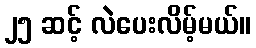
၂၅ ဆင့် လဲပေးလိမ့်မယ်။